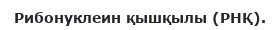
Рибонуклеин қышқылы (РНҚ).